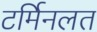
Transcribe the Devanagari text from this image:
टर्मिनलत